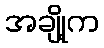
အချို့က